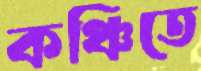
কঞ্চিতে